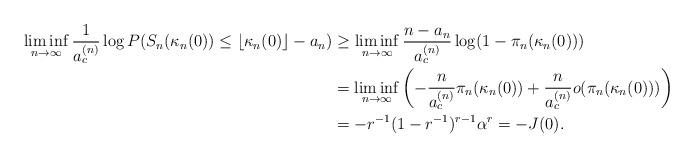
LaTeX: \begin{align*}\liminf_{n\to\infty}\frac{1}{a_c^{(n)}}\log P(S_n(\kappa_n(0))\leq\lfloor\kappa_n(0)\rfloor-a_n)&\geq\liminf_{n\to\infty}\frac{n-a_n}{a_c^{(n)}}\log(1-\pi_n(\kappa_n(0)))\\&=\liminf_{n\to\infty}\left(-\frac{n}{a_c^{(n)}}\pi_n(\kappa_n(0))+\frac{n}{a_c^{(n)}}o(\pi_n(\kappa_n(0)))\right)\\&=-r^{-1}(1-r^{-1})^{r-1}\alpha^r=-J(0).\end{align*}